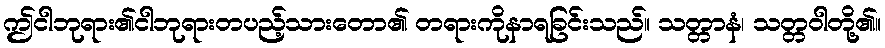
ဤငါဘုရား၏ငါဘုရားတပည့်သားတော၏ တရားကိုနာရခြင်းသည်။ သတ္တာနံ၊ သတ္တဝါတို့၏။